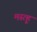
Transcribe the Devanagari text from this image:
मस्त्हू